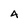
Character: 4